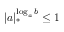
| a | _ { * } ^ { \log _ { a } b } \leq 1